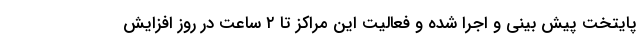
پایتخت پیش بینی و اجرا شده و فعالیت این مراکز تا ۲ ساعت در روز افزایش